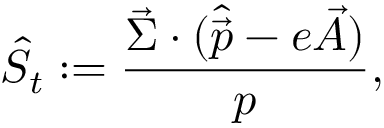
\hat { S } _ { t } : = { \frac { \vec { \Sigma } \cdot ( \hat { \vec { p } } - e \vec { A } ) } { p } } ,